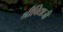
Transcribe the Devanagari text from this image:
श्रीविद्याजी